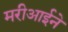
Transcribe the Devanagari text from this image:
मरीआईने